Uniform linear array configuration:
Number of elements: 4
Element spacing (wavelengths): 0.75
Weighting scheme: hamming
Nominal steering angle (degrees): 15
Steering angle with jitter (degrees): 15.242
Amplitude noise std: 0.05
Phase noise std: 0.05

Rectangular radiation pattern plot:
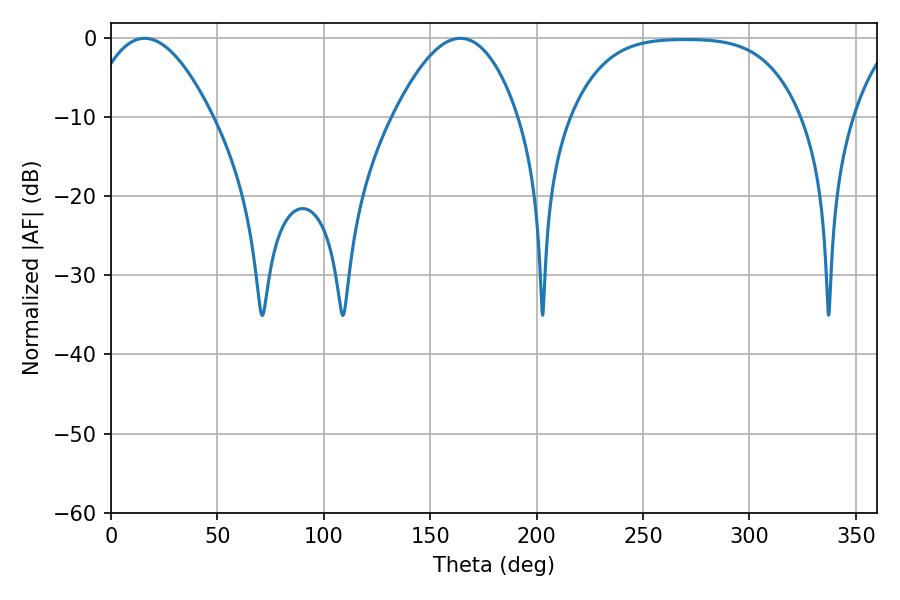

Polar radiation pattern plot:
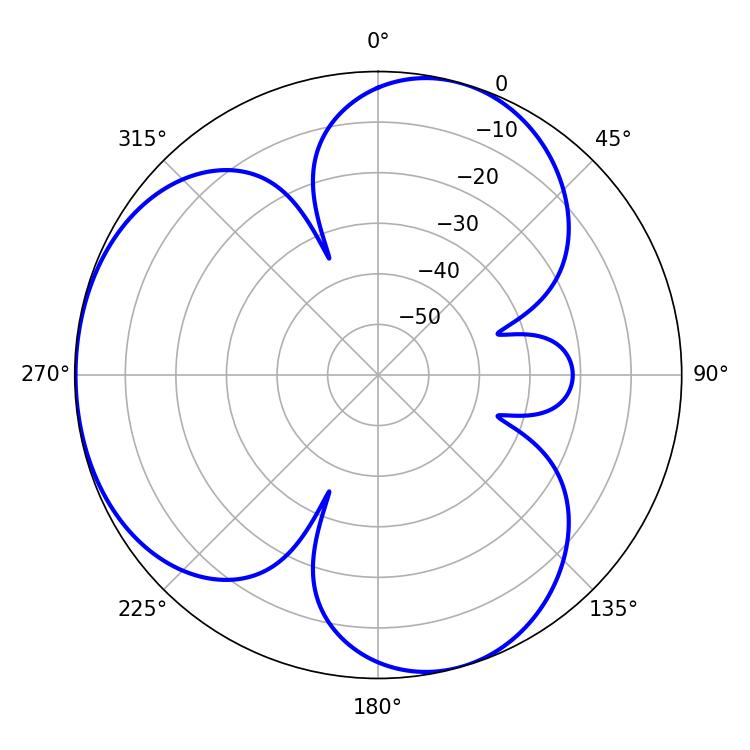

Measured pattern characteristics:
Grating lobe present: TRUE
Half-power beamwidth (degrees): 32.04
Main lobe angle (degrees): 15.84